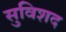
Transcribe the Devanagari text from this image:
सुविशद